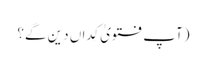
(آپ فتویٰ کِداں دین گے؟